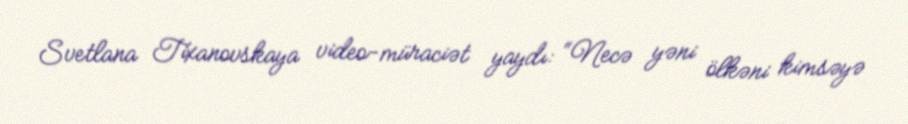
Svetlana Tixanovskaya video-müraciət yaydı: “Necə yəni ölkəni kimsəyə